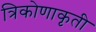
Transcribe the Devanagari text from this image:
त्रिकोणाकृती